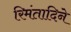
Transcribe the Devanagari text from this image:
रिमंतादिने